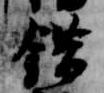
錯